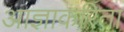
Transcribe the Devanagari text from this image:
आज्ञाकरिता